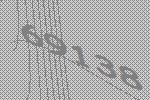
69138